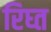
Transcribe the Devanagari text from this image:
रिघ्त